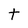
Character: t